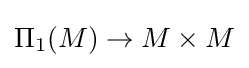
\Pi _{1}(M)\to M\times M